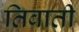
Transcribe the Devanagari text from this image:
तिबाती